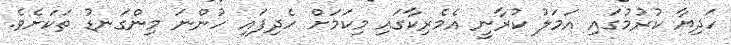
ހަދިޔާ ކުރުމުގައި އަމަލު ކުރާނީ އެމެރިކާގައި މިކަމަށް ހެދިފައި ހުންނަ މިންގަނޑު ތަކަށެވެ.